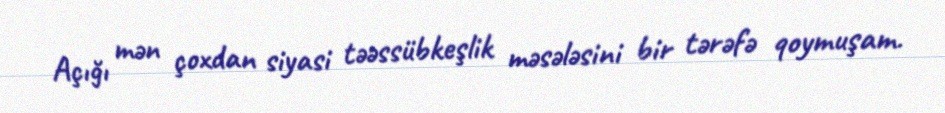
Açığı mən çoxdan siyasi təəssübkeşlik məsələsini bir tərəfə qoymuşam.